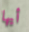
أيها